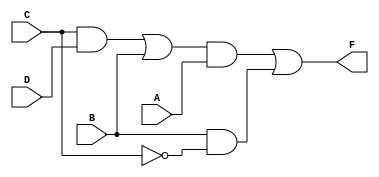
module Fig_3_20a_gates (F, A, B, C, D);
	output F;
	input A, B, C, D;
	wire w1, w2, w3, w4, C_bar;
	
	and (w1, C, D);
	or (w2, w1, B);
	and (w3, w2, A);
	not (C_bar, C);
	and (w4, B, C_bar);
	or (F, w3, w4);
endmodule